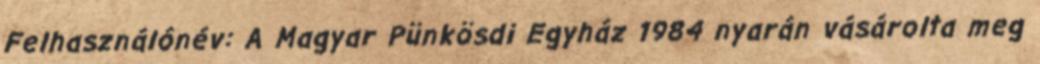
Felhasználónév: A Magyar Pünkösdi Egyház 1984 nyarán vásárolta meg